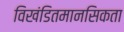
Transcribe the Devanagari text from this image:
विखंडितमानसिकता